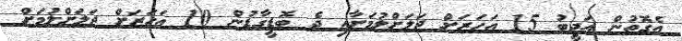
އެގޮތުން އަދީބު 15 އަހަރަށް ޖަލަށްލުމަށާއި ދެ ބޮޑީގާޑުން 10 އަހަރަށް ޖަލަށްލުމަށް